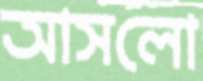
আসলো